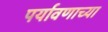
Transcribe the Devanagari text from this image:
पर्यावणाच्या